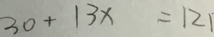
3 0 + 1 3 x = 1 2 1